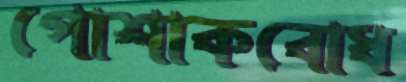
পোশাকবোধ